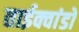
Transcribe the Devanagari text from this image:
ताईक्वांडो